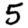
Digit: 5